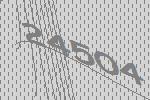
24504